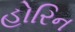
હોરિન